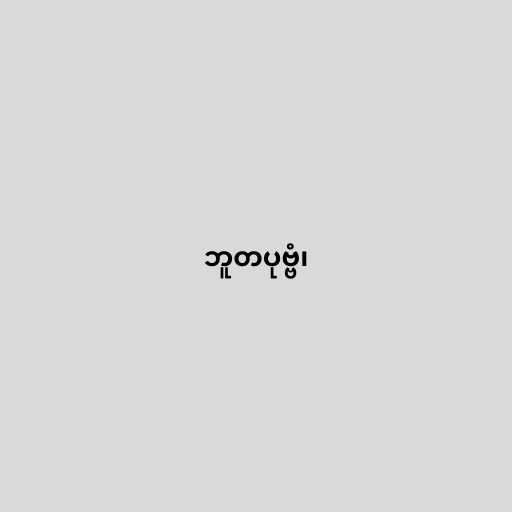
ဘူတပုဗ္ဗံ၊